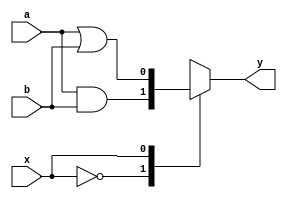
module x_based_case(input wire x, input wire a, input wire b, output reg y);

always @*
begin
    case(x)
        2'b00: y <= a & b; // execute this block when x is '00'
        2'b01: y <= a | b; // execute this block when x is '01'
        2'b1x: y <= a ^ b; // execute this block when x is '10' or '11'
        default: y <= 1'b0; // default block if x is not any of the specified values
    endcase
end

endmodule